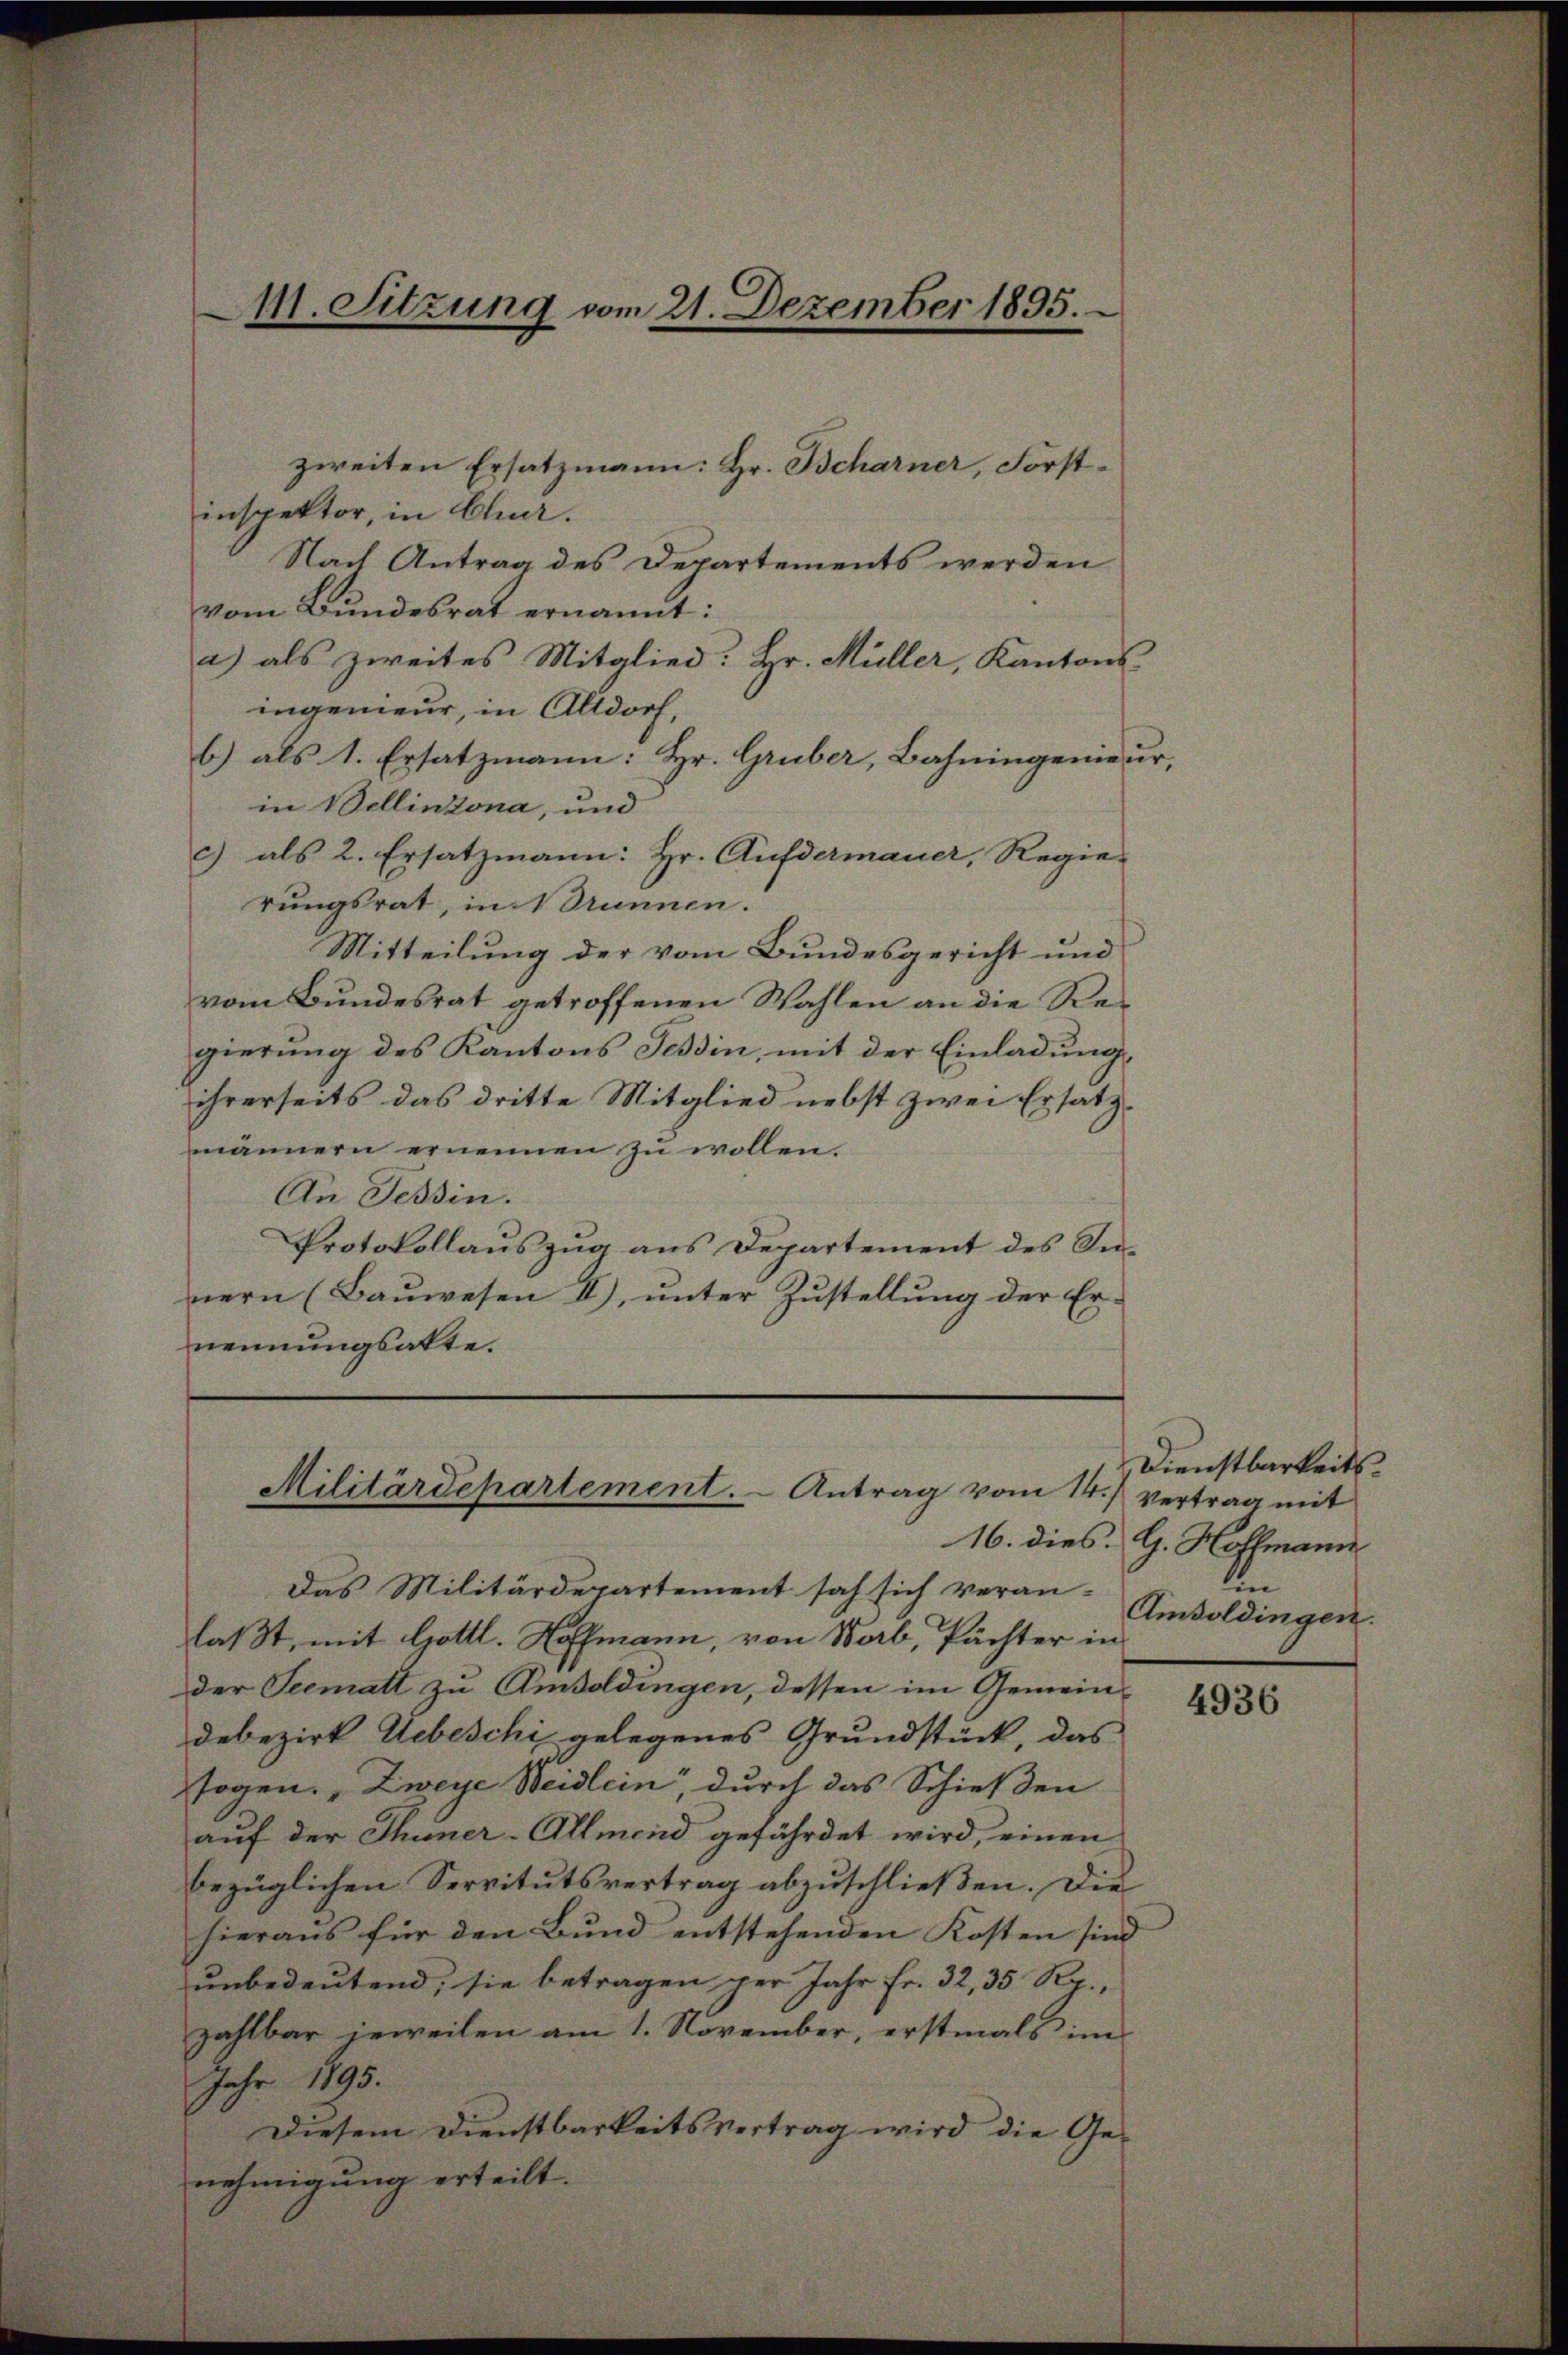
inspektor, in Chur.
Nach Antrag des Departements werden
vom Bundesrat ernannt:
a) als zweites Mitglied: Hr. Müller, Kantons-
ingenieur, in Altdorf,
b.) als 1. Ersatzmann: Hr. Gruber, Bahningenieur,
in Wellinzona, und
c) als 2. Ersatzmann: Hr. Aufdermauer, Regie-
rungsrat, in Brunnen.
Mitteilung der vom Bundesgericht und
vom Bundesrat getroffenen Wahlen an die Regierung des Kantons Tessin, mit der Einladung,
ihrerseits das dritte Mitglied nebst zwei Ersatzmännern ernennen zu wollen.
An Tessin.
Protokollauszug aus Departement des Sinern (Bauwesen II), unter Zustellung der Er-
nennungsakte.

M. Sitzung vom 21. Dezember 1895.

zweiten Ersatzmann: Hr. Bcharner, Forst¬

Militärdepartement. Antrag vom 14. vertrag mit

Dienstbarkeits¬
16. dies G. Hollmann
Un
Amoldingen.

Das Militärdepartement sah sich veran-
laßt, mit Gottl. Hoffmann, von Werb, Pächter in
der Seematt zu Amboldingen, dessen im Gemein-
debezirk Uebeschi gelegenes Grundstück, das
togen. „Zweye Weidlein, durch das Schießen
auf der Thuner-Allmend gefährdet wird, einen
bezüglichen Servitutsvertrag abzuschließen. Die
hieraus für den Bund entstehenden Kosten sind |
unbedeutend, sie betragen der Jahr Fr. 32, 35 Rp.,
zahlbar jeweilen am 1. November, erstmals im
Jahr 1893.
Diesem Dienstbarkeitsvertrag wird die Ge-
nehmigung erteilt.

4936